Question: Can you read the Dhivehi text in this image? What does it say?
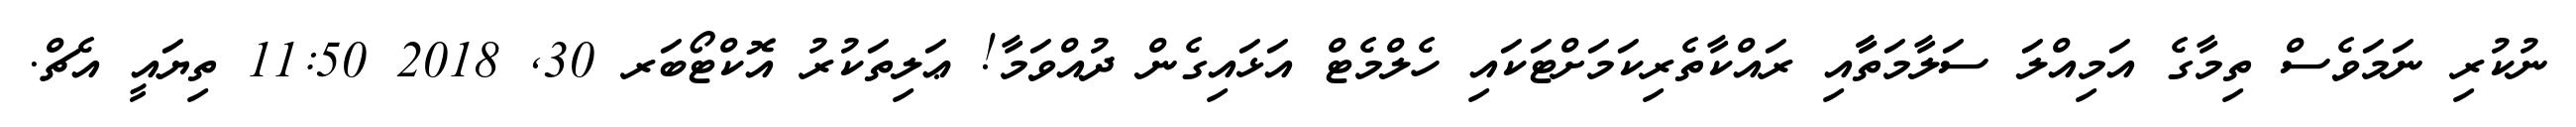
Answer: ނުކުރި ނަމަވެސް ތިމާގެ އަމިއްލަ ސަލާމަތާާއި ރައްކާތެރިކަމަށްޓަކައި ހެލްމެޓް އަޅައިގެން ދުއްވަމާ! ޢަލިތަކުރު އޮކްޓޯބަރ 30, 2018 11:50 ތިޔައީ އެޗް.